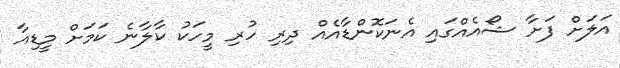
އަލަށް ފަށާ ޝޯއެއްގައި އެނަކޮންޑާއެއް ދިރި ހުރި މީހަކު ކާލާނެ ކަމަށް މީޑިއާ